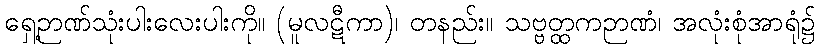
ရှေ့ဉာဏ်သုံးပါးလေးပါးကို။ (မူလဋီကာ)၊ တနည်း။ သဗ္ဗတ္ထကဉာဏံ၊ အလုံးစုံအာရုံ၌